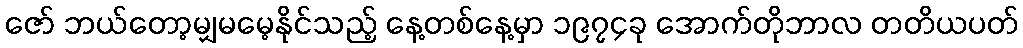
ဇော် ဘယ်တော့မျှမမေ့နိုင်သည့် နေ့တစ်နေ့မှာ ၁၉၇၄ခု အောက်တိုဘာလ တတိယပတ်